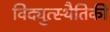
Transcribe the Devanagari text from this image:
विद्युत्स्थैतिकी